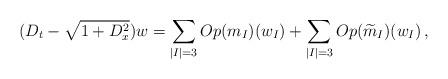
LaTeX: \begin{align*} (D_t - \sqrt{1+D_x^2}) w =\sum_{|I|=3} Op(m_I)(w_I) + \sum_{|I|=3}Op(\widetilde{m}_I)(w_I) \, ,\end{align*}